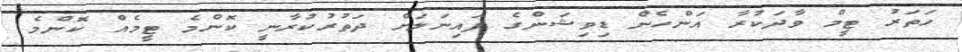
ހަތަރު ޓީމް ވާދަކުރާ އަންހެން ޑިވިޝަންގެ ފައިނަލަށް ދަތުރުކުރާނީ ކޮންމެ ޓީމެއް ކޮންމެ